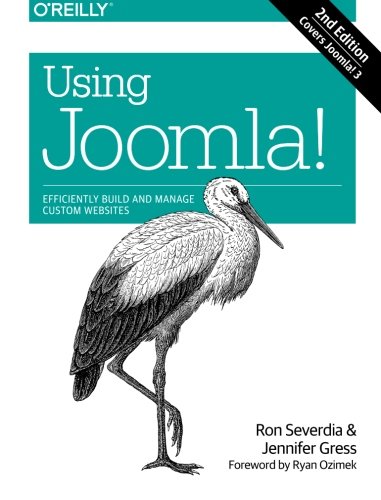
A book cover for Using Joomla!; Ron Severdia; Computers & Technology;